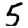
Digit: 5